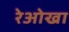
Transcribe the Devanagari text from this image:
रेओखा